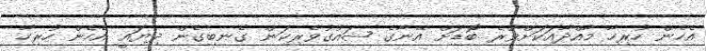
އެހެން ހުރިހާ މާއްދާއަކަށްވުރެ ބޮޑަށް އޭނާގެ ޝައުގުވެރިކަން ގެނބިގެން ދިޔައީ އެހެން ހުރިހާ